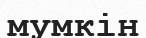
мумкін